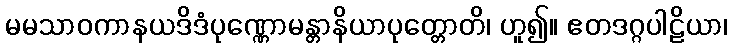
မမသာဝကာနယဒိဒံပုဏ္ဏောမန္တာနိယာပုတ္တောတိ၊ ဟူ၍။ ဧတဒဂ္ဂပါဠိယာ၊